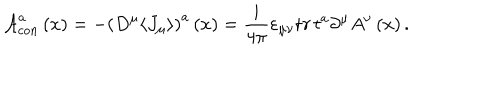
{ \mathcal A } _ { c o n } ^ { a } \left( x \right) = - \left( D ^ { \mu } \langle J _ { \mu } \rangle \right) ^ { a } \left( x \right) = \frac i { 4 \pi } \varepsilon _ { \mu \nu } { \mathrm t r } \, t ^ { a } \partial ^ { \mu } A ^ { \nu } \left( x \right) .